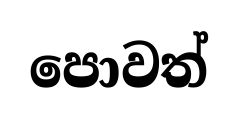
පොවත්